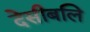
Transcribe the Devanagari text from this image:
देसीबलि